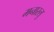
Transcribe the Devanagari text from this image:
मनास्लु